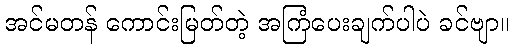
အင်မတန် ကောင်းမြတ်တဲ့ အကြံပေးချက်ပါပဲ ခင်ဗျာ။